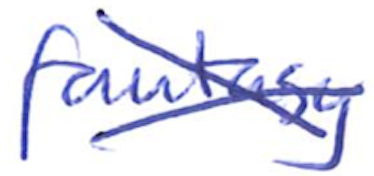
Text: fantasy
Cross-out: cross
Writing tool: ballpoint